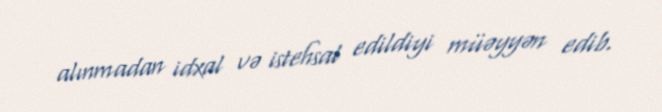
alınmadan idxal və istehsal edildiyi müəyyən edib.